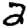
Digit: 2